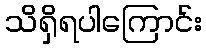
သိရှိရပါကြောင်း